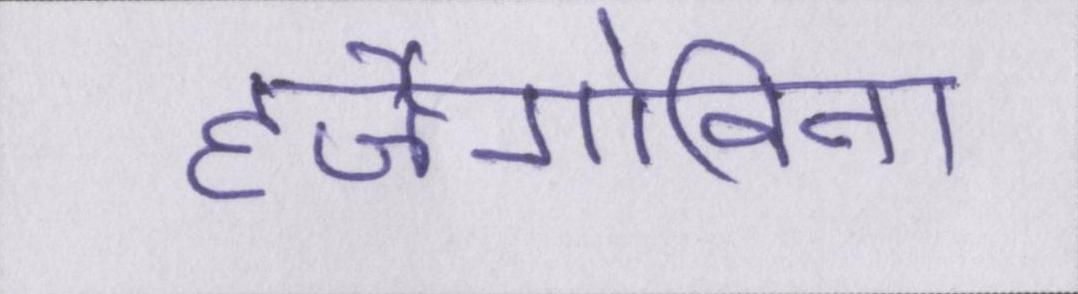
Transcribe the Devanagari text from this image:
हर्जेगोविना